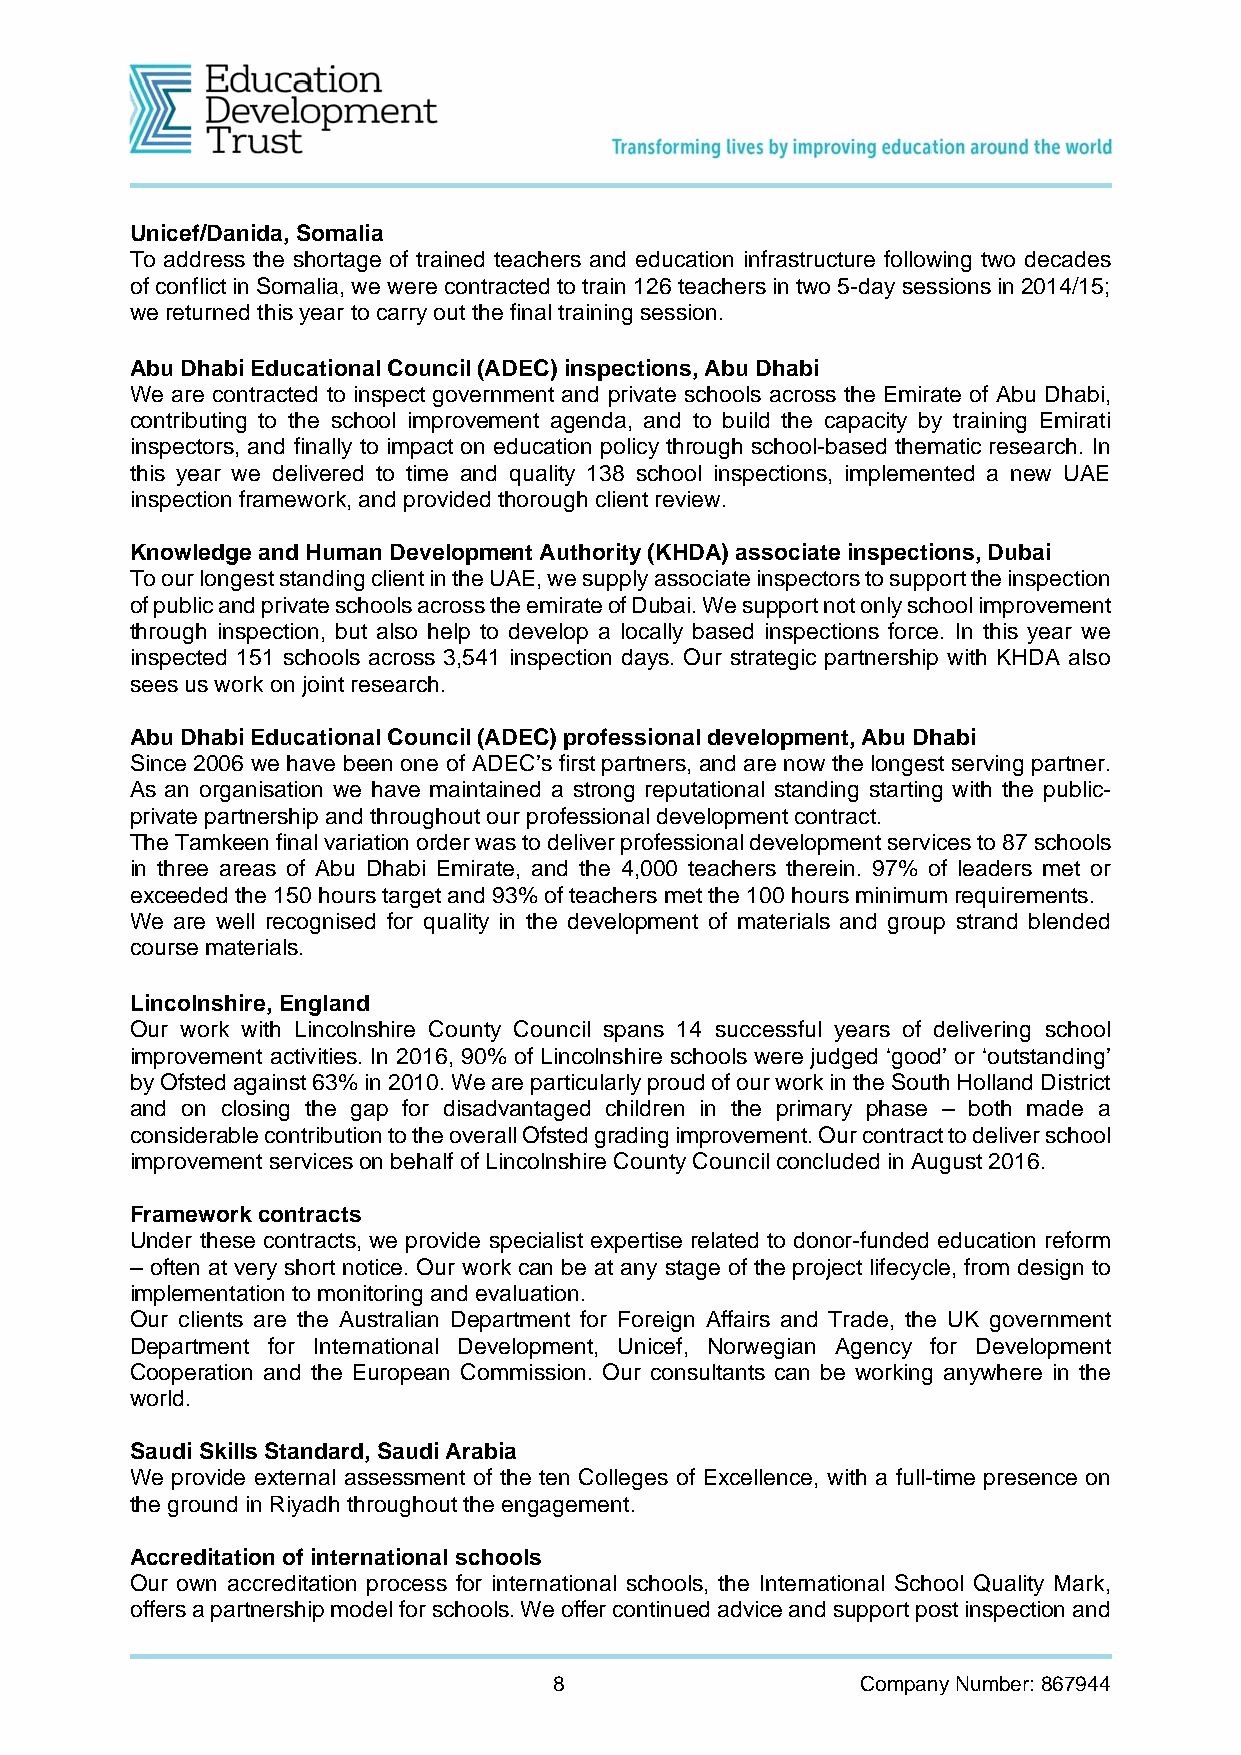
Unicef/Danida, Somalia
 To address the shortage of trained teachers and education infrastructure following two decades
 of conflict in Somalia, we were contracted to train 126 teachers in two 5-day sessions in 2014/15;
 we returned this year to carry out the final training session.
 Abu Dhabi Educational Council (ADEC) inspections, Abu Dhabi
 We are contracted to inspect government and private schools across the Emirate of Abu Dhabi,
 contributing to the school improvement agenda, and to build the capacity by training Emirati
 inspectors, and finally to impact on education policy through school-based thematic research. In
 this year we delivered to time and quality 138 school inspections, implemented a new UAE
 inspection framework, and provided thorough client review.
 Knowledge and Human Development Authority (KHDA) associate inspections, Dubai
 To our longest standing client in the UAE, we supply associate inspectors to support the inspection
 of public and private schools across the emirate of Dubai. We support not only school improvement
 through inspection, but also help to develop a locally based inspections force. In this year we
 inspected 151 schools across 3,541 inspection days. Our strategic partnership with KHDA also
 sees us work on joint research.
 Abu Dhabi Educational Council (ADEC) professional development, Abu Dhabi
 Since 2006 we have been one of ADEC’s first partners, and are now the longest serving partner.
 As an organisation we have maintained a strong reputational standing starting with the public-
 private partnership and throughout our professional development contract.
 The Tamkeen final variation order was to deliver professional development services to 87 schools
 in three areas of Abu Dhabi Emirate, and the 4,000 teachers therein. 97% of leaders met or
 exceeded the 150 hours target and 93% of teachers met the 100 hours minimum requirements.
 We are well recognised for quality in the development of materials and group strand blended
 course materials.
 Lincolnshire, England
 Our work with Lincolnshire County Council spans 14 successful years of delivering school
 improvement activities. In 2016, 90% of Lincolnshire schools were judged ‘good’ or ‘outstanding’
 by Ofsted against 63% in 2010. We are particularly proud of our work in the South Holland District
 and on closing the gap for disadvantaged children in the primary phase – both made a
 considerable contribution to the overall Ofsted grading improvement. Our contract to deliver school
 improvement services on behalf of Lincolnshire County Council concluded in August 2016.
 Framework contracts
 Under these contracts, we provide specialist expertise related to donor-funded education reform
 – often at very short notice. Our work can be at any stage of the project lifecycle, from design to
 implementation to monitoring and evaluation.
 Our clients are the Australian Department for Foreign Affairs and Trade, the UK government
 Department for International Development, Unicef, Norwegian Agency for Development
 Cooperation and the European Commission. Our consultants can be working anywhere in the
 world.
 Saudi Skills Standard, Saudi Arabia
 We provide external assessment of the ten Colleges of Excellence, with a full-time presence on
 the ground in Riyadh throughout the engagement.
 Accreditation of international schools
 Our own accreditation process for international schools, the International School Quality Mark,
 offers a partnership model for schools. We offer continued advice and support post inspection and
 8                   Company Number: 867944